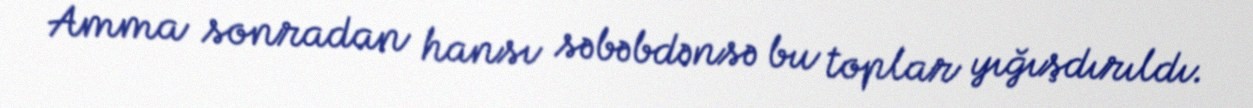
Amma sonradan hansı səbəbdənsə bu toplar yığışdırıldı.